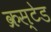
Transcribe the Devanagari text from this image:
क्रस्टेड